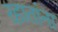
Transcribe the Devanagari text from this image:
रहातांना